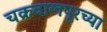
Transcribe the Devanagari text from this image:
चक्रवालपूरच्या